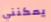
يمكنني